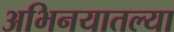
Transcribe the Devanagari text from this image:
अभिनयातल्या